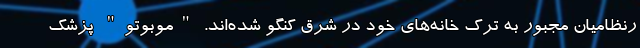
رنظامیان مجبور به ترک خانه‌های خود در شرق کنگو شده‌اند. "موبوتو" پزشک